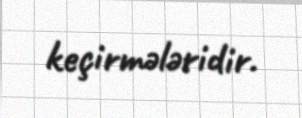
keçirmələridir.